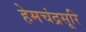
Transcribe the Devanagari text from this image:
हेमचंद्रसूरि